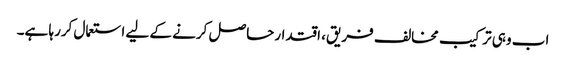
اب وہی ترکیب مخالف فریق، اقتدارحاصل کرنے کے لیے استعمال کررہا ہے۔